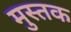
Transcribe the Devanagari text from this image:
मुस्तक